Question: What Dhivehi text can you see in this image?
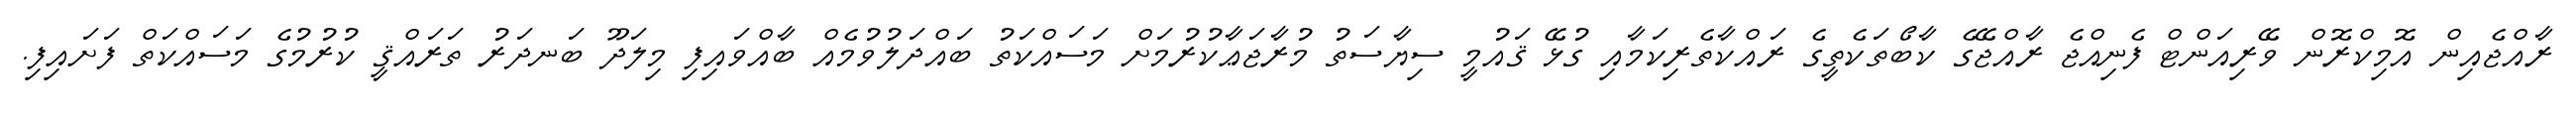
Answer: ރާއްޖެއިން އޮމިކްރޮން ވޭރިއަންޓް ފެނިއްޖެ ރާއްޖޭގެ ކާބޯތަކެތީގެ ރައްކާތެރިކަމާއި ގުޅޭ ޤައުމީ ސިޔާސަތު މުރާޖަޢާކުރުމަށް މަސައްކަތު ބައްދަލުވުމެއް ބާއްވައިފި މިލަދޫ ބަނދަރު ތަރައްޤީ ކުރުމުގެ މަސައްކަތް ފަށައިފި.